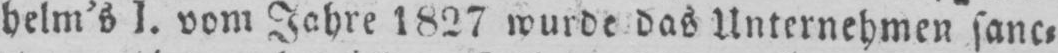
helm’s 1. vom Jahre 1827 wurde das Unternehmen sanc⸗